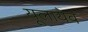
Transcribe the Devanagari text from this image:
यूलायेव